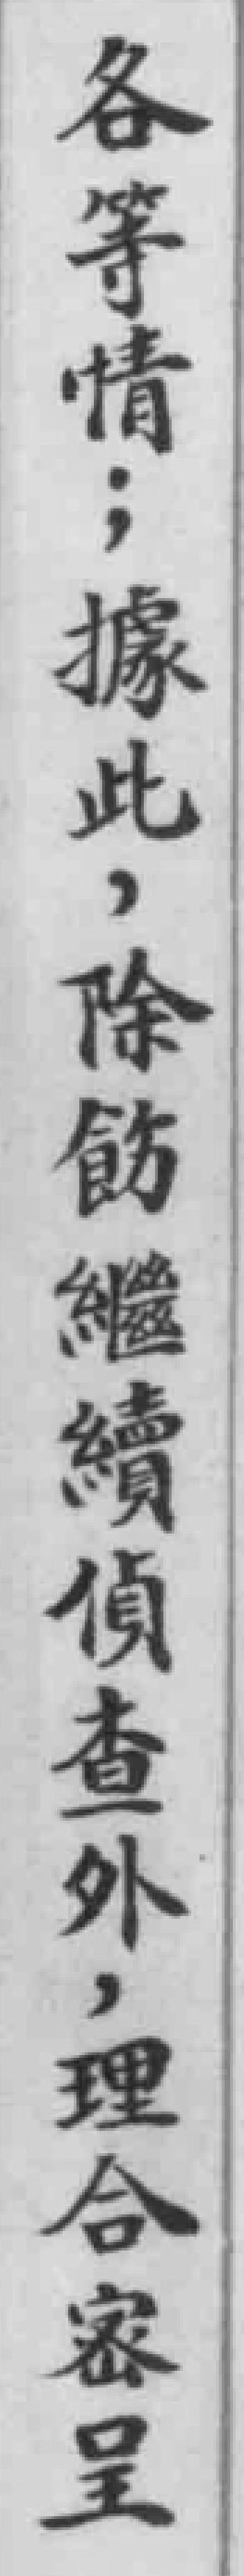
各等情；據此，除飭繼續偵查外，理合密呈